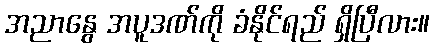
အညာနွေ အပူဒဏ်ကို ခံနိုင်ရည် ရှိပြီလား။